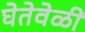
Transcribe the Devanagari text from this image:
घेतेवेळी